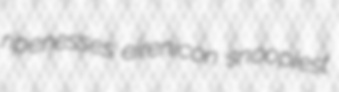
ripenesses eirenicon snoopiest